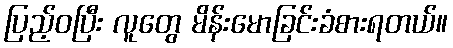
ပြည့်ဝပြီး လူတွေ မိန်းမောခြင်းခံစားရတယ်။